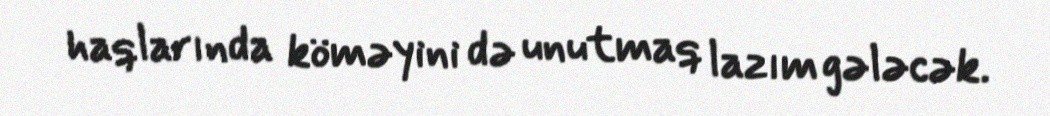
haqlarında köməyini də unutmaq lazım gələcək.